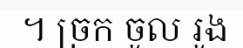
។ ច្រក ចូល រូង